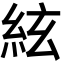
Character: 絃